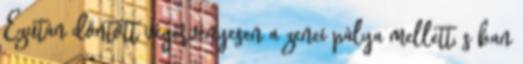
Ezután döntött végérvényesen a zenei pálya mellett, s ban